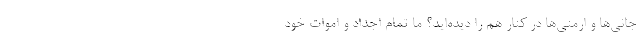
جانی‌ها و ارمنی‌ها در کنار هم را دیده‌اید؟ ما تمام اجداد و اموات خود